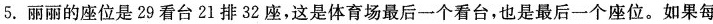
5.丽丽的座位是29看台21排32座，这是体育场最后一个看台，也是最后一个座位。如果每